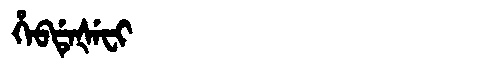
Manchu: ᡥᡝᠪᡩᡝᡧᡝᠸᡳ
Romanization: HEBDEŠEFI